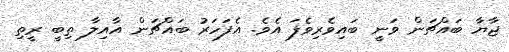
ޖާޔާ ބައްޗަން ވަނީ ބައިވެރިވެފަ އެވެ. އެފަހަރު ބައްޗަން އާއިލާ ތިބީ ރީތި